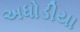
અધોડીયા